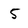
Character: 5